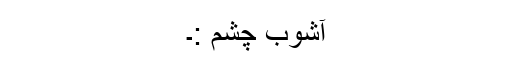
آشوب ِچشم :۔